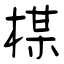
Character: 楳